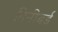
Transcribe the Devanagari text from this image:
मिनीबर्ड